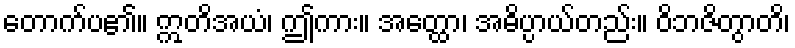
တောက်ပ၏။ ဣတိအယံ၊ ဤကား။ အတ္ထော၊ အဓိပ္ပာယ်တည်း။ ဝိဘဇိတွာတိ၊